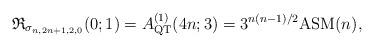
LaTeX: \begin{gather*} \mathfrak{R}_{\sigma_{n,2n+1,2,0}}(0;1)= A_{\rm QT}^{(1)}(4n;3) = 3^{n(n-1)/2} {\rm ASM}(n), \end{gather*}